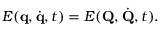
E ( \mathbf { q } , { \dot { \mathbf { q } } } , t ) = E ( \mathbf { Q } , { \dot { \mathbf { Q } } } , t ) .